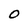
Character: 0